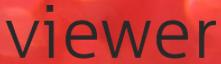
viewer